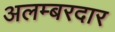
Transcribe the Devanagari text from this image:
अलम्बरदार